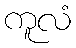
ကူလံ